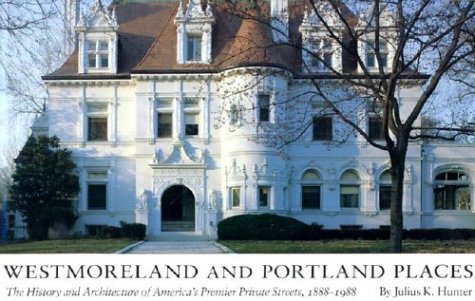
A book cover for Westmoreland and Portland Places: The History and Architecture of America's Premier Private Streets, 1888-1988; Julius K. Hunter; Travel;